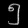
Digit: ၅